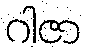
ဂါဇာ